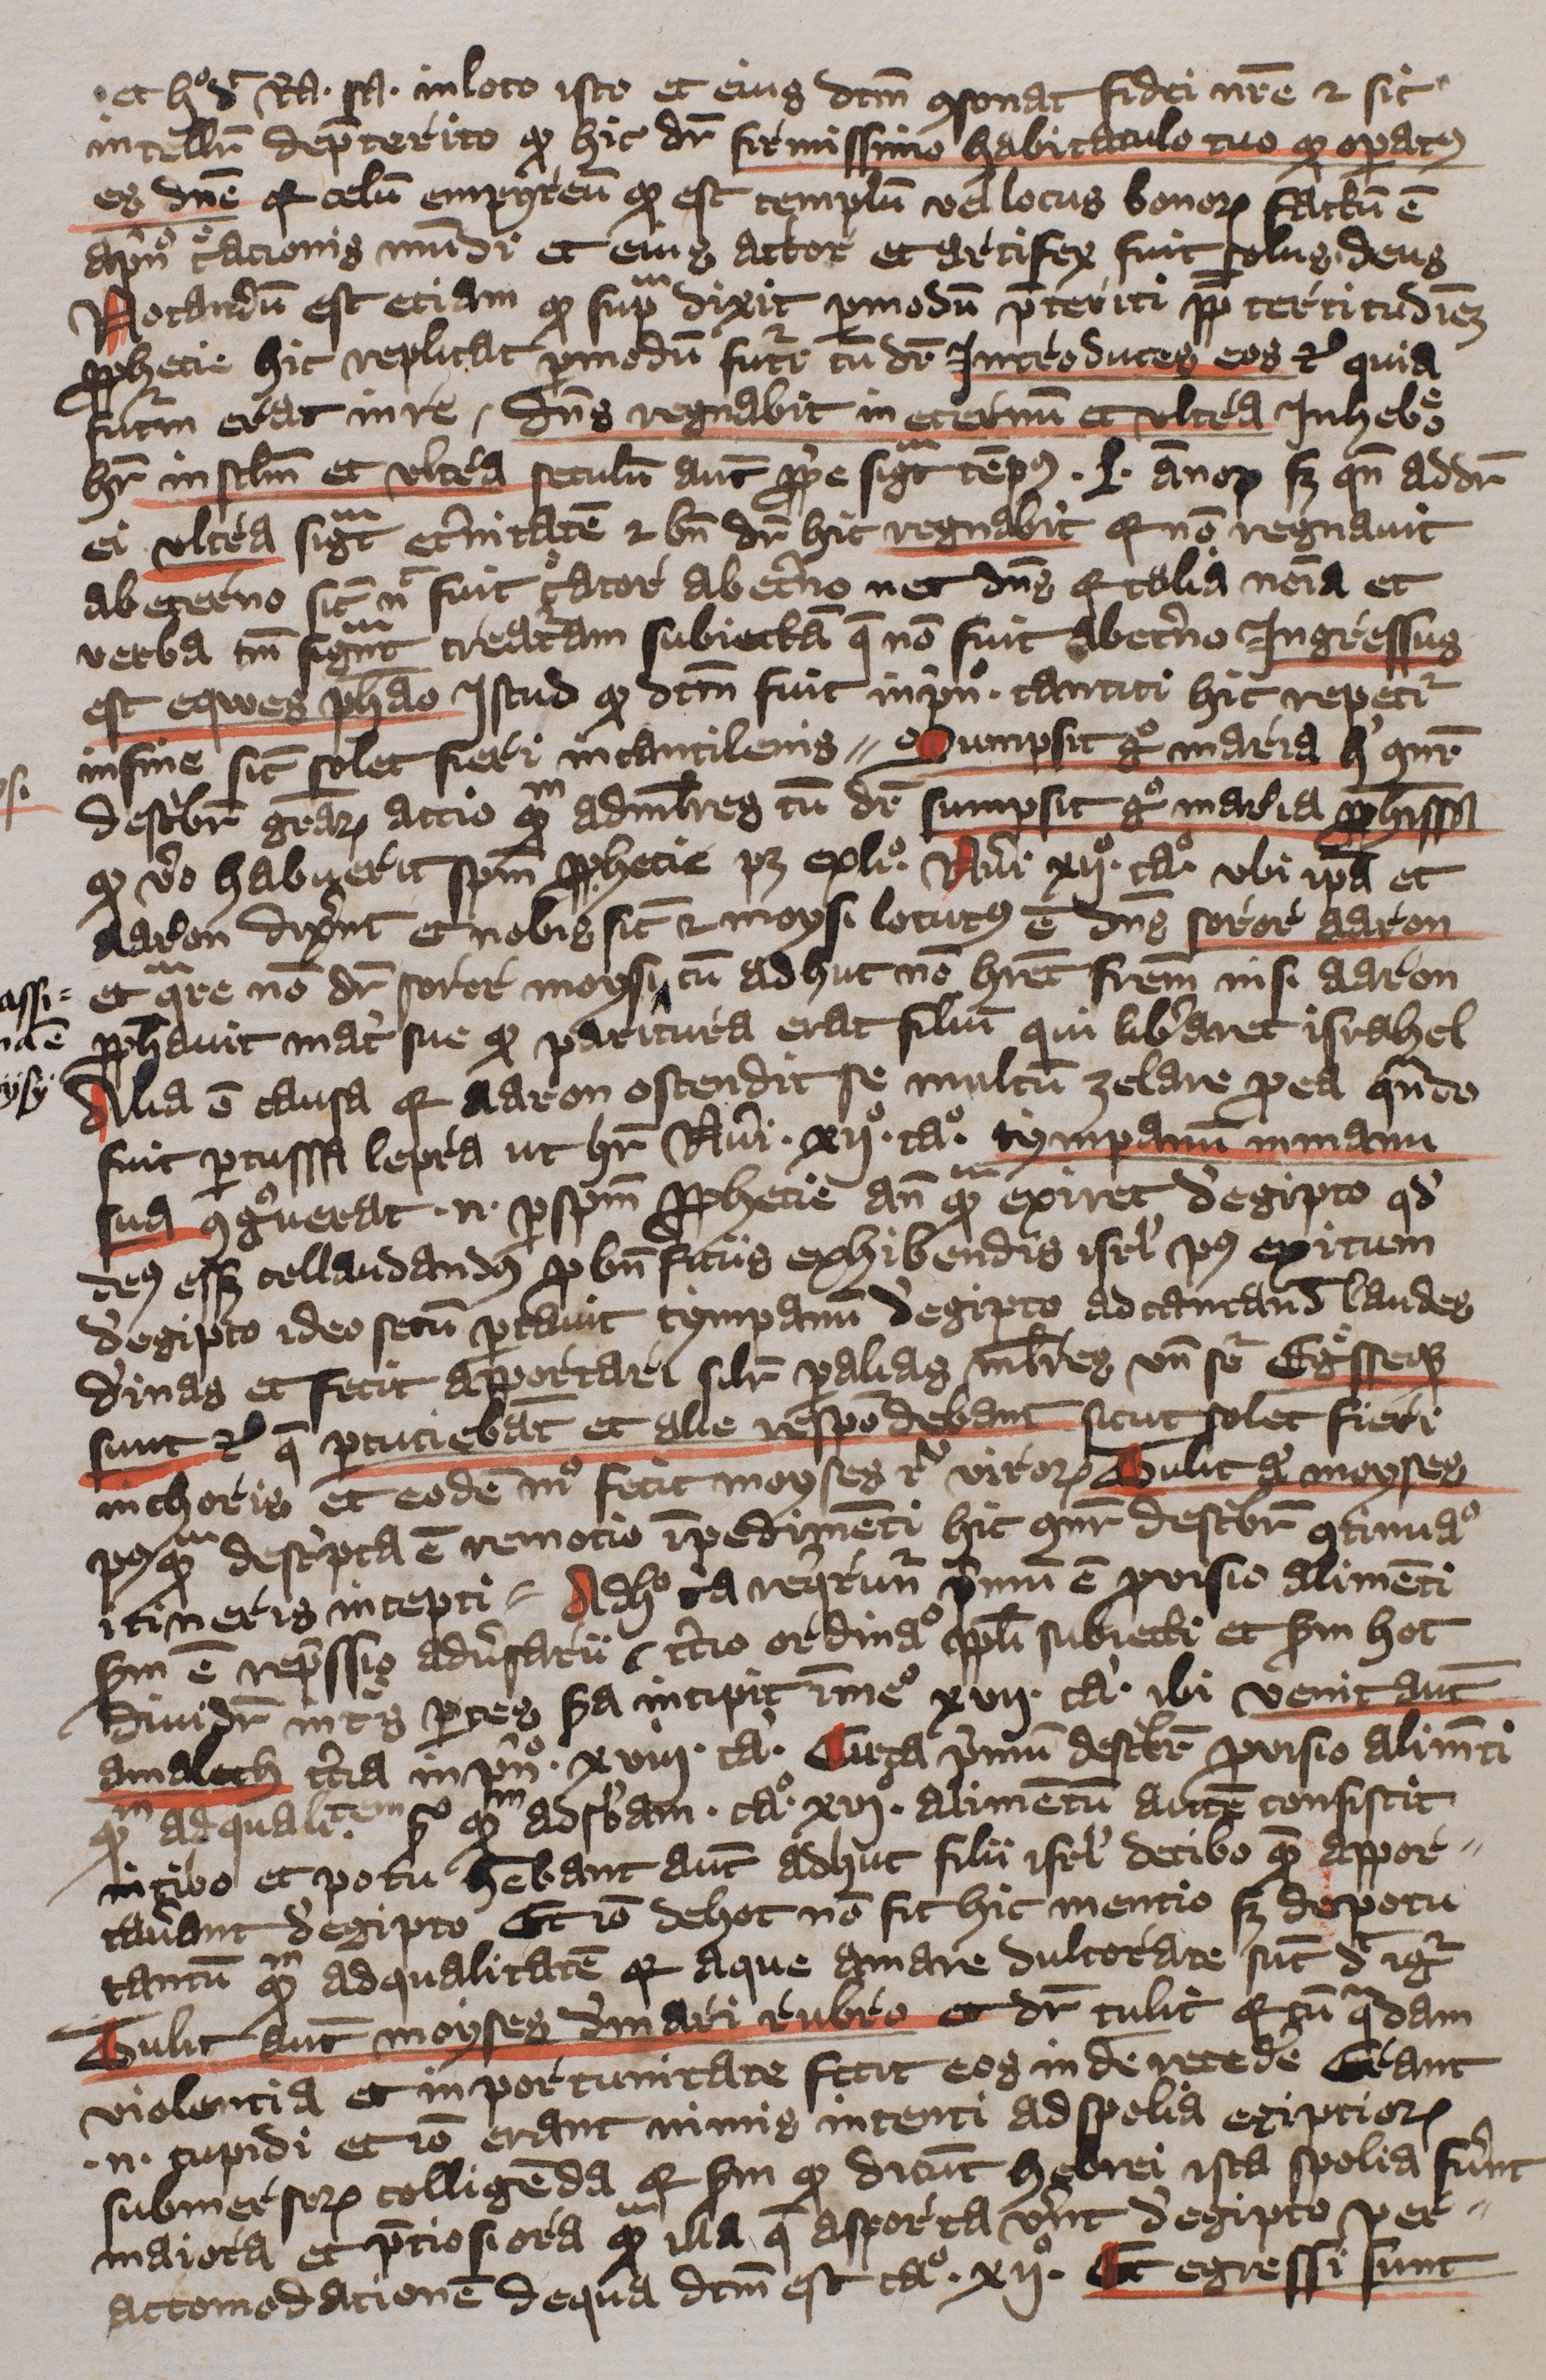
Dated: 1396–1396